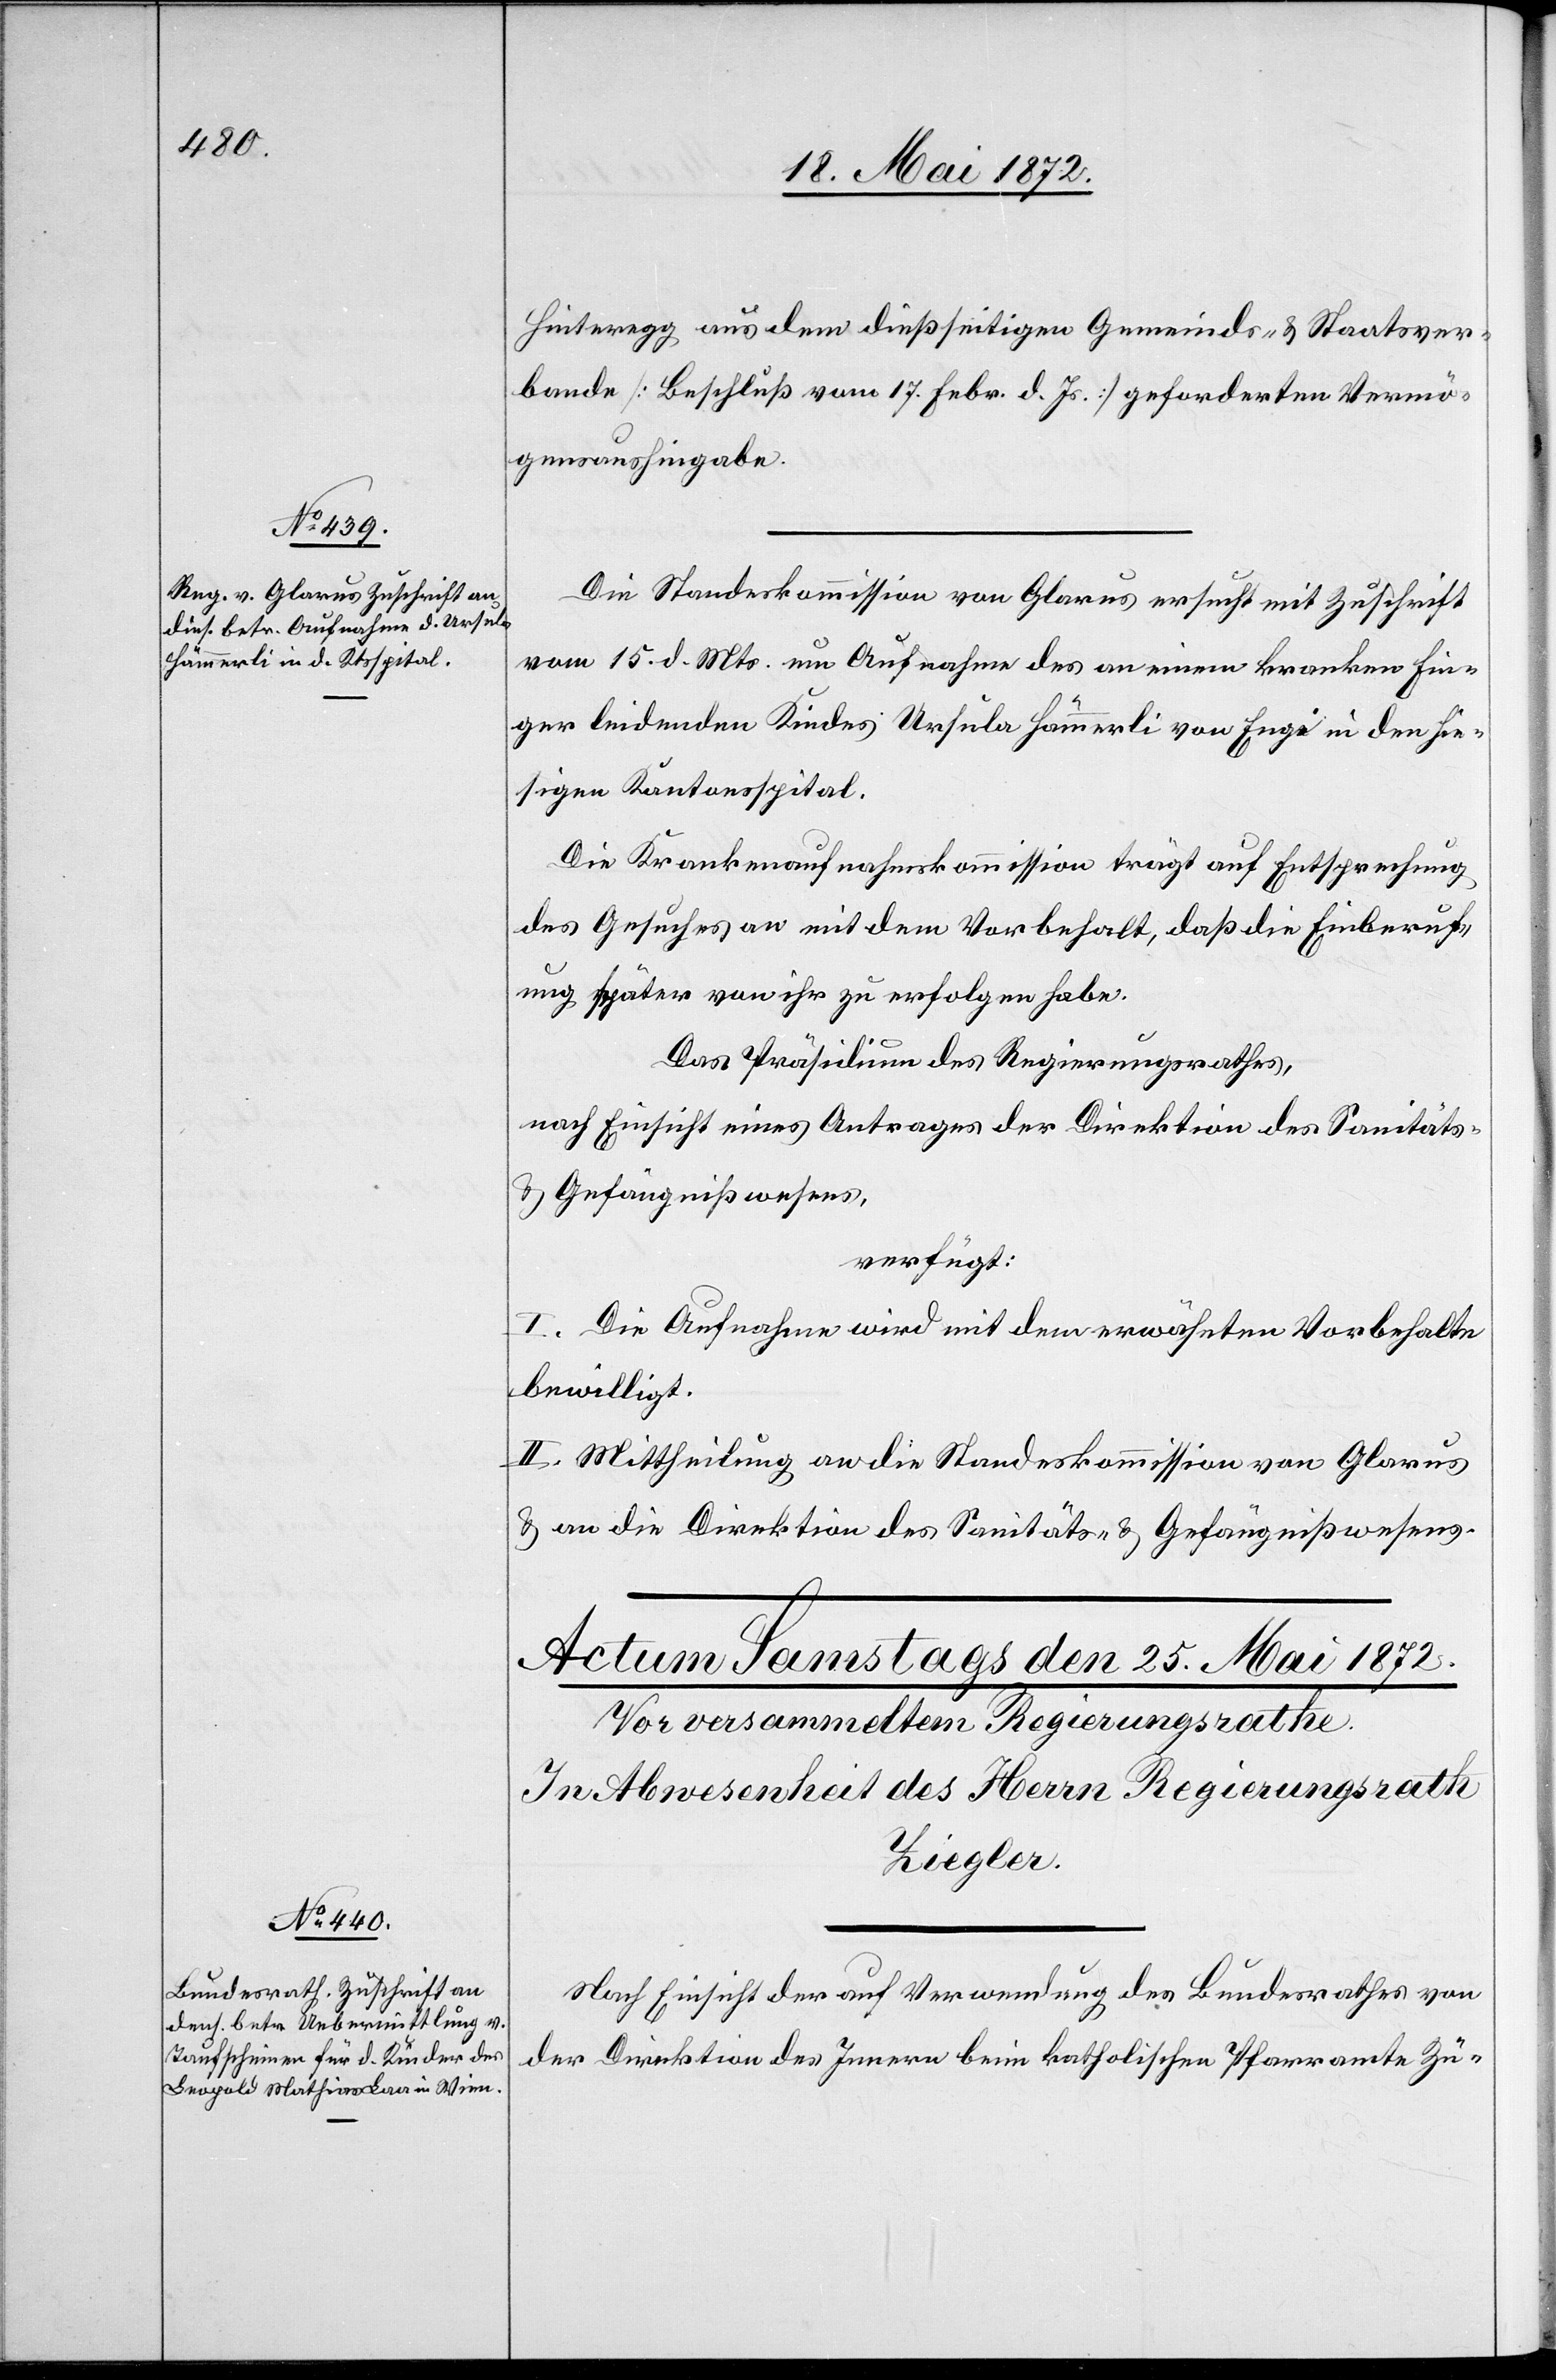
24. Mai 1872.]
Hinteregg aus dem dießseitigen Gemeinds- u. Staatsver¬
bande [Beschluß vom 17. Febr. d. Js.] geforderten Vermö¬
gensaushingabe.
Die Standeskommission von Glarus ersucht mit Zuschrift
vom 15. d. Mts. um Aufnahme des an einem kranken Fin¬
ger leidenden Kindes Ursula Hämmerli von Engi in den hie¬
sigen Kantonsspital.
Die Krankenaufnahmskommission trägt auf Entsprechung
des Gesuches an mit dem Vorbehalt, daß die Einberuf¬
ung später von ihr zu erfolgen habe.
Das Präsidium des Regierungsrathes,
nach Einsicht eines Antrages der Direktion des Sanitäts-
u. Gefängnißwesens,
verfügt:
I. Die Aufnahme wird mit dem erwähnten Vorbehalte
bewilligt.
II. Mittheilung an die Standeskommission von Glarus
u. an die Direktion des Sanitäts- u. Gefängnißwesens.
Nach Einsicht der auf Verwendung des Bundesrathes von
der Direktion des Innern beim katholischen Pfarramte Zü-